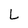
Character: L